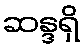
ဆန္ဒရှိ